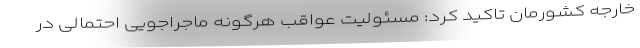
خارجه کشورمان تاکید کرد: مسئولیت عواقب هرگونه ماجراجویی احتمالی در